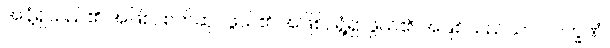
အနံ့ရှိသည်၏ အဖြစ်, စက်ဆုပ်ဖွယ်၏ အဖြစ်, ရွံ့ရှာဖွယ်၏ အဖြစ်သည်သာ။ လက္ခဏံ၊